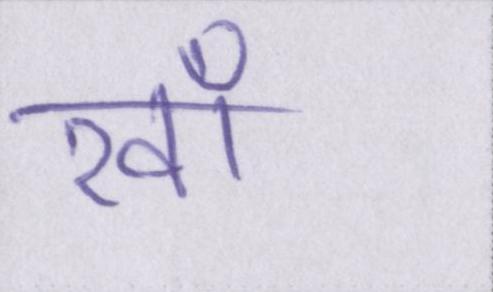
रवाँ